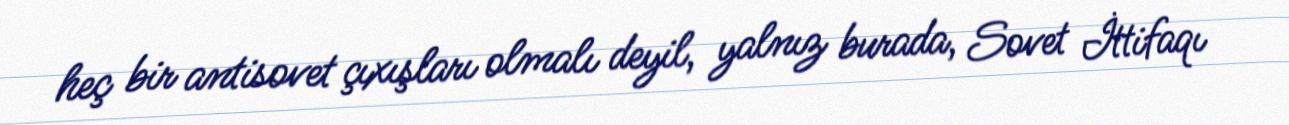
heç bir antisovet çıxışları olmalı deyil, yalnız burada, Sovet İttifaqı